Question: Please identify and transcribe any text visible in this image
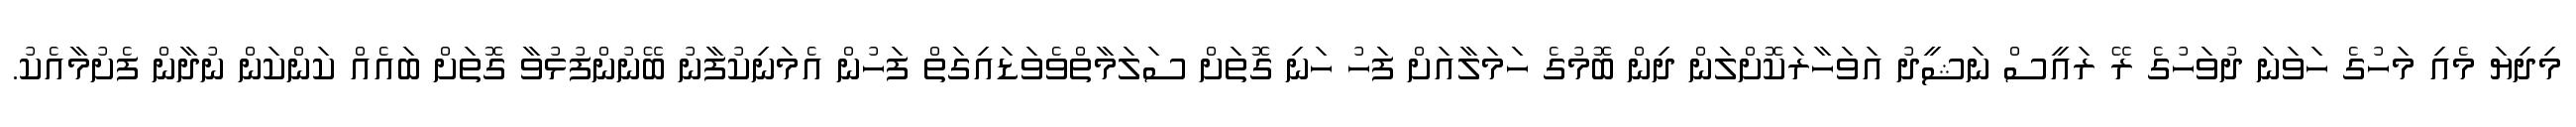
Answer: މިދިޔަ މެއި މަހުގެ ހަވަނަ ދުވަހުގެ ރޭ ރައީސް ނަޝީދު އަވަހާރަކޮށްލަން ދިން ބޮމުގެ ހަމަލާއަށް ފަހު ހަނި ގޮތަށް ސަލަމާތްވެވަޑައިގަތް ފަހުން އެމަނިކުފާނު ބޭނުންފުޅުވާ ގޮތަށް ބައެއް ކަންކަން ނުދާން ފެށުމާއެކު.